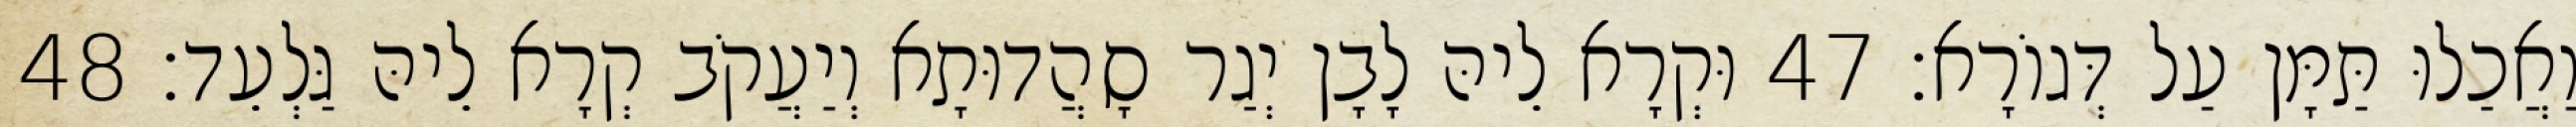
וַאֲכַלוּ תַּמָּן עַל דְּגוֹרָא׃ 47 וּקְרָא לֵיהּ לָבָן יְגַר סָהֲדוּתָא וְיַעֲקֹב קְרָא לֵיהּ גַּלְעֵד׃ 48